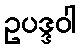
ဥပဒ္ဒဝါ